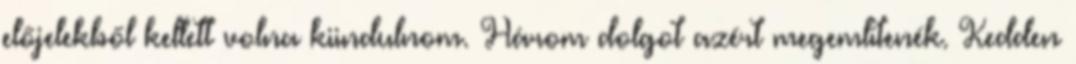
előjelekből kellett volna kiindulnom. Három dolgot azért megemlítenék. Kedden